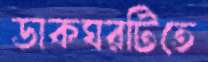
ডাকঘরটিতে